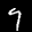
Label: 9